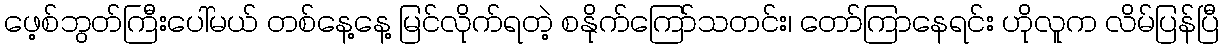
ဖေ့စ်ဘွတ်ကြီးပေါ်မယ် တစ်နေ့နေ့ မြင်လိုက်ရတဲ့ စနိုက်ကြော်သတင်း၊ တော်ကြာနေရင်း ဟိုလူက လိမ်ပြန်ပြီ